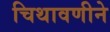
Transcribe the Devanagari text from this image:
चिथावणीने